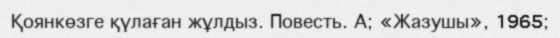
Қоянкөзге қүлаған жұлдыз. Повесть. А; «Жазушы», 1965;